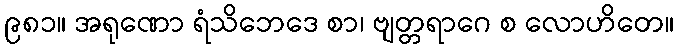
၉၈၁။ အရုဏော ရံသိဘေဒေ စာ၊ ဗျတ္တရာဂေ စ လောဟိတေ။